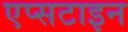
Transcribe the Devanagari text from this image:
एप्सटाइन